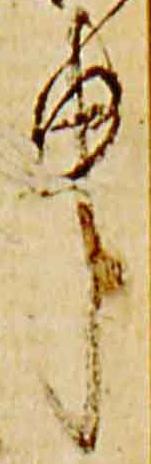
申